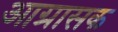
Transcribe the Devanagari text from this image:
आग्रासक